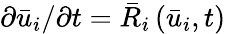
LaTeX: {\partial{{\bar{u}}_{i}}}/{{\partial t}}={{\bar{R}}_{i}}\left({{{\bar{u}}_{i}},t}\right)